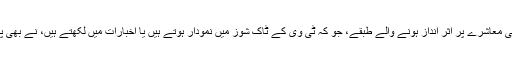
ایسے اقدامات کی معاشرے پر اثر انداز ہونے والے طبقے، جو کہ ٹی وی کے ٹاک شوز میں نمودار ہوتے ہیں یا اخبارات میں لکھتے ہیں، نے بھی پذیرائی نہیں کی۔